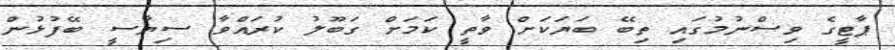
ޕާޓީގެ ވިސްނުމުގައި ތިބޭ ބަޔަކަށް ވާތީ ކަމަށް ގަބޫލު ކުރައްވާ ސިޔާސީ ބޭފުޅުން